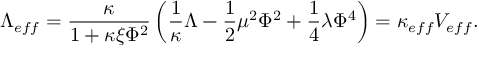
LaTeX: \Lambda _ { e f f } = \frac { \kappa } { 1 + \kappa \xi \Phi ^ { 2 } } \left( \frac { 1 } { \kappa } \Lambda - \frac { 1 } { 2 } \mu ^ { 2 } \Phi ^ { 2 } + \frac { 1 } { 4 } \lambda \Phi ^ { 4 } \right) = \kappa _ { e f f } V _ { e f f } .